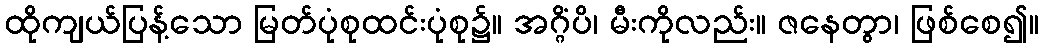
ထိုကျယ်ပြန့်သော မြတ်ပုံစုထင်းပုံစု၌။ အဂ္ဂိံပိ၊ မီးကိုလည်း။ ဇနေတွာ၊ ဖြစ်စေ၍။